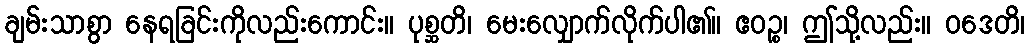
ချမ်းသာစွာ နေရခြင်းကိုလည်းကောင်း။ ပုစ္ဆတိ၊ မေးလျှောက်လိုက်ပါ၏။ ဧဝဉ္စ၊ ဤသို့လည်း။ ဝဒေတိ၊